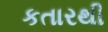
કતારથી